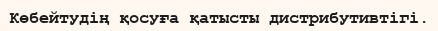
Көбейтудің қосуға қатысты дистрибутивтігі.